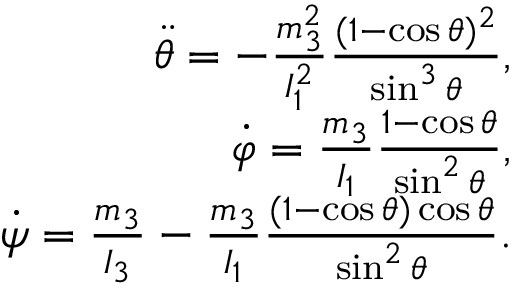
\begin{array} { r } { \ddot { \theta } = - \frac { m _ { 3 } ^ { 2 } } { I _ { 1 } ^ { 2 } } \frac { ( 1 - \cos \theta ) ^ { 2 } } { \sin ^ { 3 } \theta } , } \\ { \dot { \varphi } = \frac { m _ { 3 } } { I _ { 1 } } \frac { 1 - \cos \theta } { \sin ^ { 2 } \theta } , } \\ { \dot { \psi } = \frac { m _ { 3 } } { I _ { 3 } } - \frac { m _ { 3 } } { I _ { 1 } } \frac { ( 1 - \cos \theta ) \cos \theta } { \sin ^ { 2 } \theta } . } \end{array}